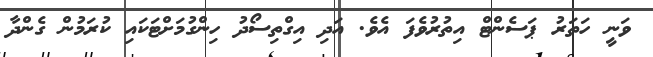
ވަނީ ހަތަރު ޕަސެންޓް އިތުރުވެފަ އެވެ. އަދި އިގްތިސޯދު ހިންގުމަށްޓަކައި ކުރަމުން ގެންދާ